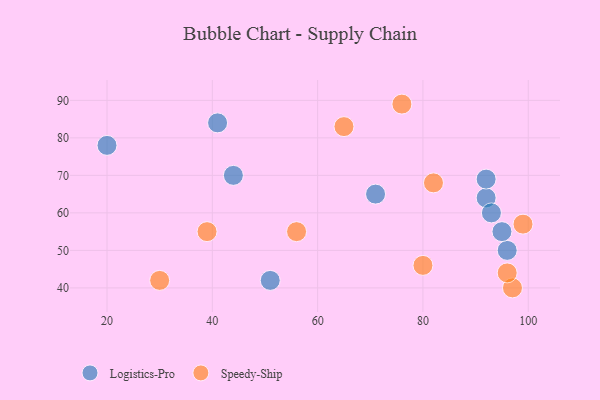
{"axis": {"x": "GDP", "y": "Life Expectancy"}, "legend": ["Logistics-Pro", "Speedy-Ship"], "data": [{"x": "92", "y": 64, "type": "Logistics-Pro"}, {"x": "92", "y": 69, "type": "Logistics-Pro"}, {"x": "41", "y": 84, "type": "Logistics-Pro"}, {"x": "96", "y": 50, "type": "Logistics-Pro"}, {"x": "20", "y": 78, "type": "Logistics-Pro"}, {"x": "44", "y": 70, "type": "Logistics-Pro"}, {"x": "93", "y": 60, "type": "Logistics-Pro"}, {"x": "95", "y": 55, "type": "Logistics-Pro"}, {"x": "51", "y": 42, "type": "Logistics-Pro"}, {"x": "71", "y": 65, "type": "Logistics-Pro"}, {"x": "97", "y": 40, "type": "Speedy-Ship"}, {"x": "80", "y": 46, "type": "Speedy-Ship"}, {"x": "76", "y": 89, "type": "Speedy-Ship"}, {"x": "99", "y": 57, "type": "Speedy-Ship"}, {"x": "56", "y": 55, "type": "Speedy-Ship"}, {"x": "30", "y": 42, "type": "Speedy-Ship"}, {"x": "82", "y": 68, "type": "Speedy-Ship"}, {"x": "65", "y": 83, "type": "Speedy-Ship"}, {"x": "96", "y": 44, "type": "Speedy-Ship"}, {"x": "39", "y": 55, "type": "Speedy-Ship"}]}